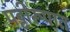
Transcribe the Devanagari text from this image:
पट्टीरूपात